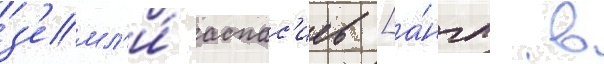
з'емл'и́ аспас'иев [а́нгл. в